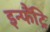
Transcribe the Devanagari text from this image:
इन्फैंट्रि